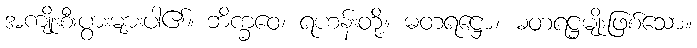
အကျိုးစီးပွားများပါ၏။ ဘိက္ခဝေ၊ ရဟန်းတို့။ ဓတရဋ္ဌော၊ ဓတရဋ္ဌမျိုးဖြစ်သော။